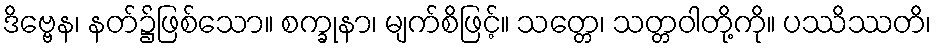
ဒိဗ္ဗေန၊ နတ်၌ဖြစ်သော။ စက္ခုနာ၊ မျက်စိဖြင့်။ သတ္တေ၊ သတ္တဝါတို့ကို။ ပဿိဿတိ၊